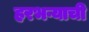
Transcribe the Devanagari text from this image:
हरभऱ्याची